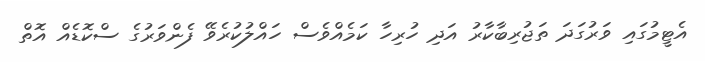
އެޓީމުގައި ވަރުގަދަ ތަޖުރިބާކާރު އަދި ހުރިހާ ކަމެއްވެސް ހައްލުކުރެވޭ ފެންވަރުގެ ސްކޮޑެއް އޮތް